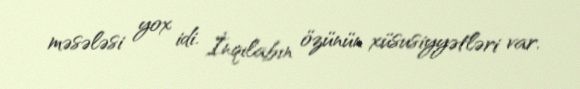
məsələsi yox idi. İnqılabın özünün xüsusiyyətləri var.